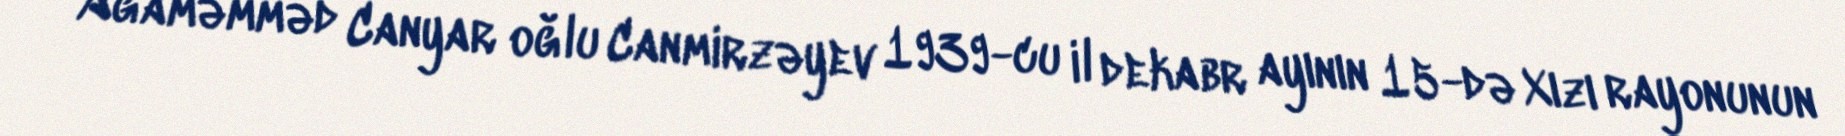
Ağaməmməd Canyar oğlu Canmirzəyev 1939-cu il dekabr ayının 15-də Xızı rayonunun